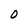
Character: O